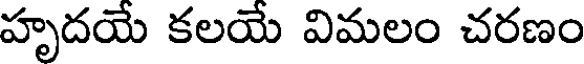
హృదయే కలయే విమలం చరణం